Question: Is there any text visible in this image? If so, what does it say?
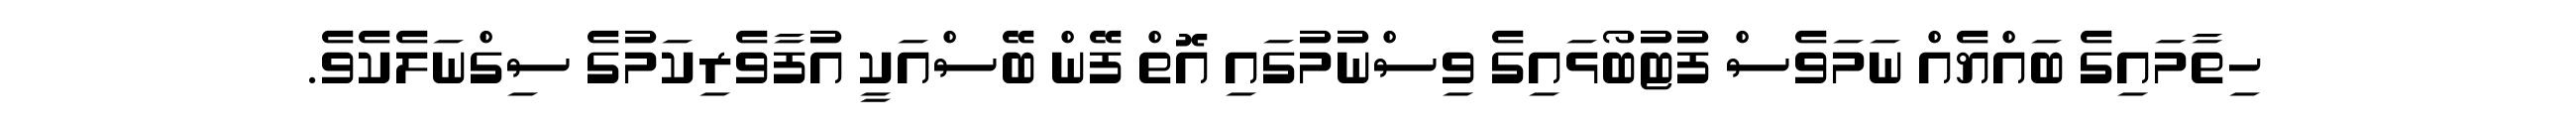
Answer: ހިތާމައިގެ ބައްޔެއް ނަމަވެސް ފުޓުބޯޅައިގެ ވިސްނުމުގައި އޮތް ފޭން ބޭސްއަކީ އުފާވެރިކަމުގެ ސިގްނަލެކެވެ.